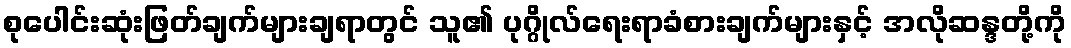
စုပေါင်းဆုံးဖြတ်ချက်များချရာတွင် သူ၏ ပုဂ္ဂိုလ်ရေးရာခံစားချက်များနှင့် အလိုဆန္ဒတို့ကို